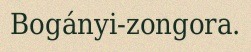
Bogányi-zongora.